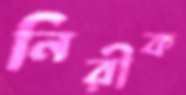
নিরীক